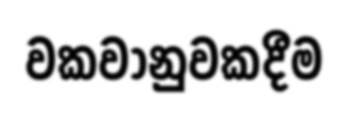
වකවානුවකදීම